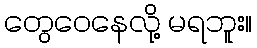
တွေဝေနေလို့ မရဘူး။